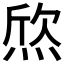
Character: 𤊑